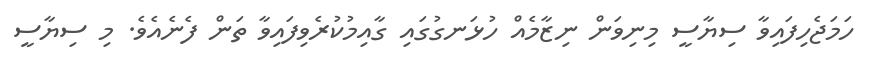
ހަމަޖެހިފައިވާ ސިޔާސީ މިނިވަން ނިޒާމެއް ހުޅަނގުގައި ގާއިމުކުރެވިފައިވާ ތަން ފެނެއެވެ. މި ސިޔާސީ